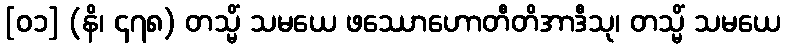
[၀၁] (နိ၊ ၄၇၈) တသ္မိံ သမယေ ဖဿောဟောတီတိအာဒီသု၊ တသ္မိံ သမယေ